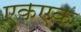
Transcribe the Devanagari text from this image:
एकएक